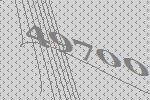
49700